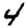
Digit: 4